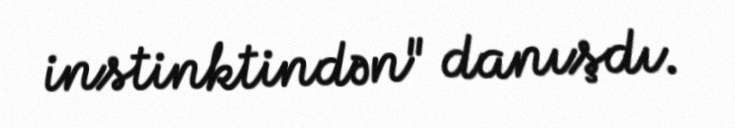
instinktindən" danışdı.